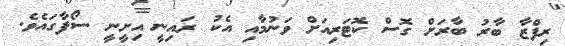
ރިފްޒާ ބާރު ބާރަށް ގޮސް ކޮޓަރިއަށް ވަނުމާއި އެކު ރައިނީ އިށީނީ ސޯފާގައެވެ.